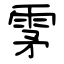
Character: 雺